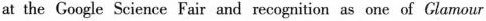
at the Google Science Fair and recognition as one of Clamour